Vaccination report Assam 1874-1896 - 1874-1896
Year: 1874
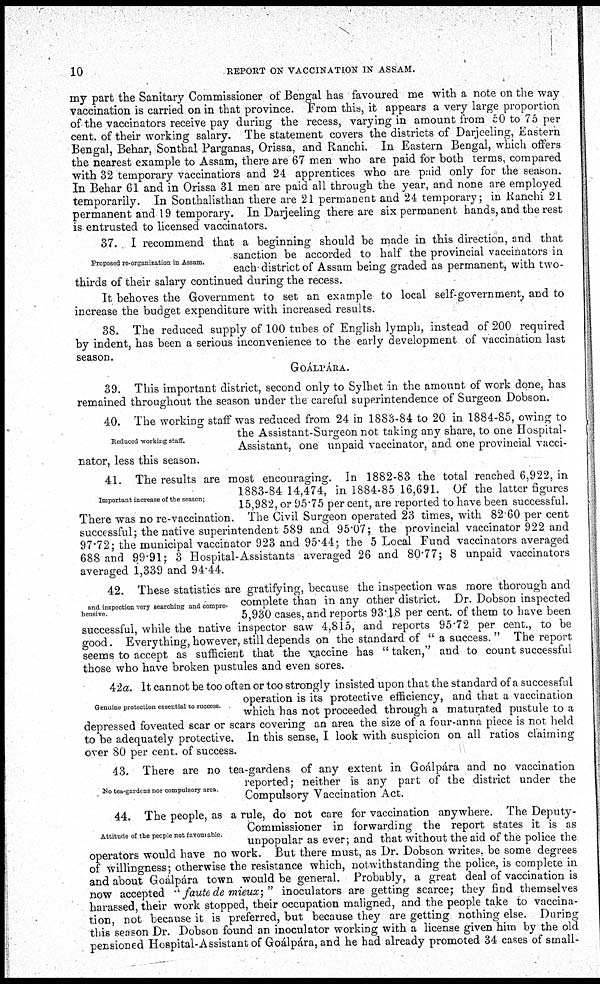
10
REPORT ON VACCINATION IN ASSAM.
my part the Sanitary Commissioner of Bengal has favoured me with a note on the way
vaccination is carried on in that province. From this, it appears a very large proportion
of the vaccinators receive pay during the recess, varying in amount from 50 to 75 per
cent. of their working salary. The statement covers the districts of Darjeeling, Eastern
Bengal, Behar, Sonthal Parganas, Orissa, and Ranchi. In Eastern Bengal, which offers
the nearest example to Assam, there are 67 men who are paid for both terms, compared
with 32 temporary vaccinatiors and 24 apprentices who are paid only for the season.
In Behar 61 and in Orissa 31 men are paid all through the year, and none are employed
temporarily. In Sonthalisthan there are 21 permanent and 24 temporary; in Ranchi 21
permanent and 19 temporary. In Darjeeling there are six permanent hands, and the rest
is entrusted to licensed vaccinators.
Proposed re-organization in Assam.
37. I recommend that a beginning should be made in this direction, and that
sanction be accorded to half the provincial vaccinators in
each district of Assam being graded as permanent, with two-
thirds of their salary continued during the recess.
It behoves the Government to set an example to local self-government, and to
increase the budget expenditure with increased results.
38. The reduced supply of 100 tubes of English lymph, instead of 200 required
by indent, has been a serious inconvenience to the early development of vaccination last
season.
GOÁLPÁRA.
39. This important district, second only to Sylhet in the amount of work done, has
remained throughout the season under the careful superintendence of Surgeon Dobson.
Reduced working staff.
40. The working staff was reduced from 24 in 1883-84 to 20 in 1884-85, owing to
the Assistant-Surgeon not taking any share, to one Hospital-
Assistant, one unpaid vaccinator, and one provincial vacci-
nator, less this season.
Important increase of the season;
41. The results are most encouraging. In 1882-83 the total reached 6,922, in
1883-84 14,474, in 1884-85 16,691. Of the latter figures
15,982, or 95.75 per cent, are reported to have been successful.
There was no re-vaccination. The Civil Surgeon operated 23 times, with 82.60 per cent
successful; the native superintendent 589 and 95.07; the provincial vaccinator 922 and
97.72; the municipal vaccinator 923 and 95.44; the 5 Local Fund vaccinators averaged
688 and 99.91; 3 Hospital-Assistants averaged 26 and 80.77; 8 unpaid vaccinators
averaged 1,339 and 94.44.
and inspection very searching and compre-
hensive
42. These statistics are gratifying, because the inspection was more thorough and
complete than in any other district. Dr. Dobson inspected
5,930 cases, and reports 93.18 per cent. of them to have been
successful, while the native inspector saw 4,815, and reports 95.72 per cent., to be
good. Everything, however, still depends on the standard of " a success. " The report
seems to accept as sufficient that the vaccine has " taken," and to count successful
those who have broken pustules and even sores.
Genuine protection essential to success.
42a. It cannot be too often or too strongly insisted upon that the standard of a successful
operation is its protective efficiency, and that a vaccination
which has not proceeded through a maturated pustule to a
depressed foveated scar or scars covering an area the size of a four-anna piece is not held
to be adequately protective. In this sense, I look with suspicion on all ratios claiming
over 80 per cent. of success.
No tea-gardens nor compulsory area
43. There are no tea-gardens of any extent in Goálpára and no vaccination
reported; neither is any part of the district under the
Compulsory Vaccination Act.
Attitude of the people not favourable.
44. The people, as a rule, do not care for vaccination anywhere. The Deputy-
Commissioner in forwarding the report states it is as
unpopular as ever; and that without the aid of the police the
operators would have no work. But there must, as Dr. Dobson writes, be some degrees
of willingness; otherwise the resistance which, notwithstanding the police, is complete in
and about Goálpára town would be general. Probably, a great deal of vaccination is
now accepted " faute de mieux; " inoculators are getting scarce; they find themselves
harassed, their work stopped, their occupation maligned, and the people take to vaccina-
tion, not because it is preferred, but because they are getting nothing else. During
this season Dr. Dobson found an inoculator working with a license given him by the old
pensioned Hospital-Assistant of Goálpára, and he had already promoted 34 cases of small-